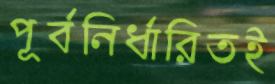
পূর্বনির্ধারিতই